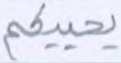
يحييكم